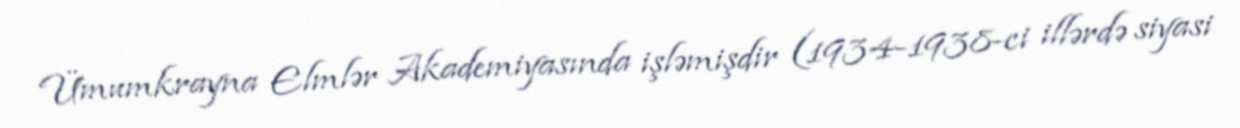
Ümumkrayna Elmlər Akademiyasında işləmişdir (1934-1938-ci illərdə siyasi